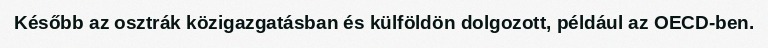
Később az osztrák közigazgatásban és külföldön dolgozott, például az OECD-ben.